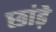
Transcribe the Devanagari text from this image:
छांड़े